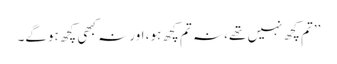
’’تم کچھ نہیں تھے، نہ تم کچھ ہو، اور نہ کبھی کچھ ہوگے۔